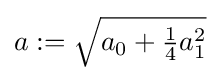
{\textstyle a\mathrel {:=} {\sqrt {a_{0}+{\frac {1}{4}}a_{1}^{2}}}}